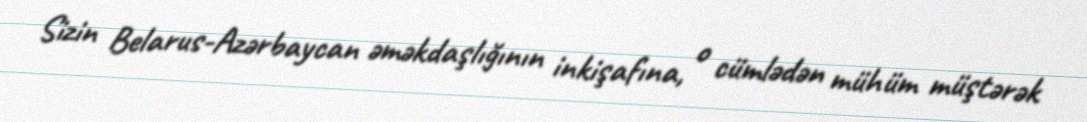
Sizin Belarus-Azərbaycan əməkdaşlığının inkişafına, o cümlədən mühüm müştərək